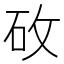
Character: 𬑿